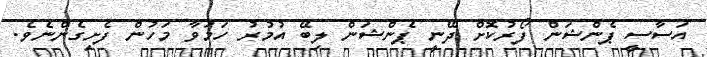
އަސާސީ ޕެންޝަން ފޯރުކޮށް ދޭނީ ޕެންޝަން ލިބޭ އުމުރު ހަމަވާ މަހުން ފެށިގެންނެވެ.